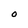
Character: O